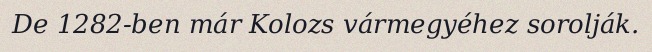
De 1282-ben már Kolozs vármegyéhez sorolják.